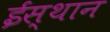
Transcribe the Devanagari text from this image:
ईस्थान